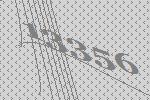
13356